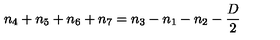
n _ { 4 } + n _ { 5 } + n _ { 6 } + n _ { 7 } = n _ { 3 } - n _ { 1 } - n _ { 2 } - \frac { D } { 2 }